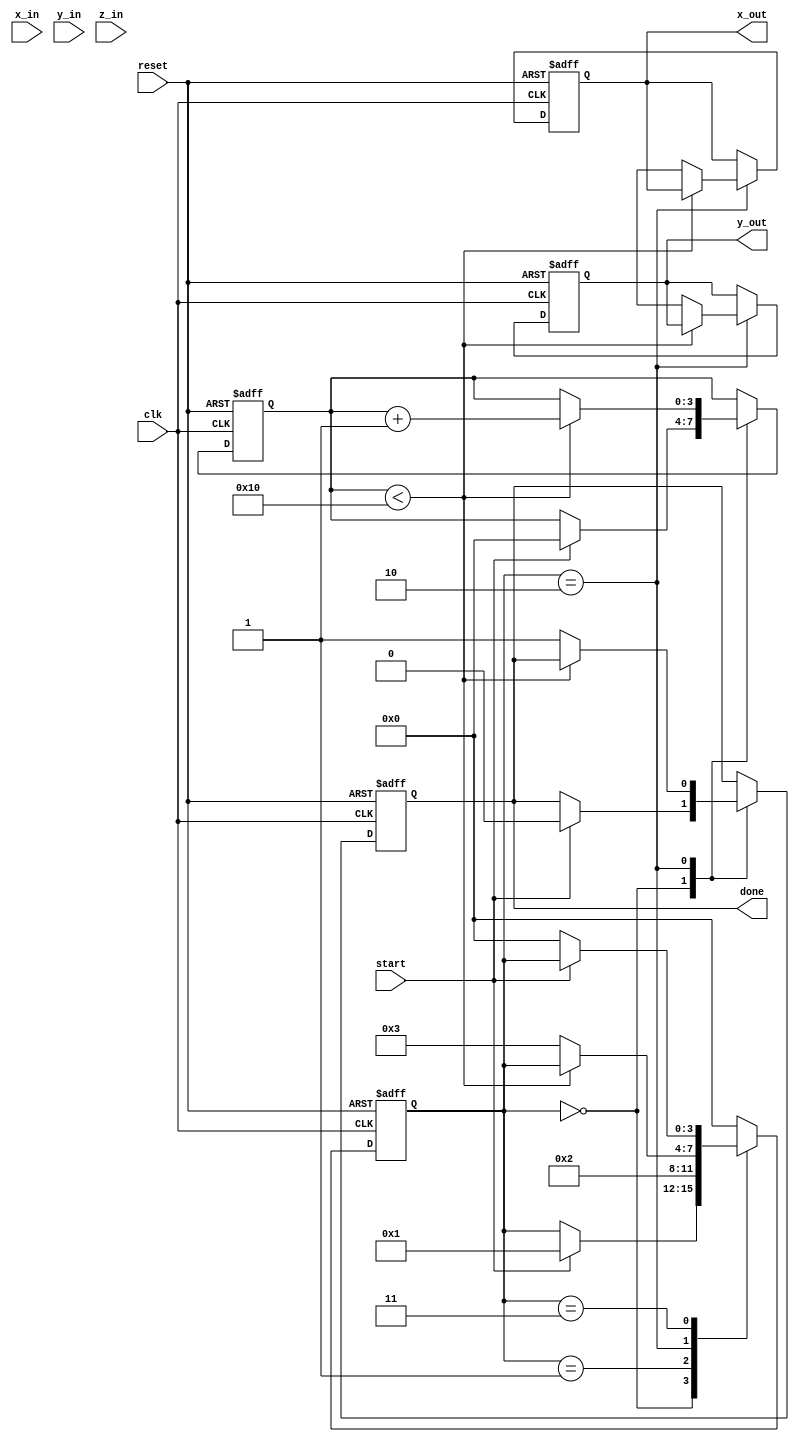
module cordic_2d (
    input  wire signed [15:0] x_in,    // Fixed-point x-coordinate input
    input  wire signed [15:0] y_in,    // Fixed-point y-coordinate input
    input  wire signed [15:0] z_in,    // Fixed-point angle input
    input  wire start,                  // Start signal
    input  wire clk,                    // Clock signal
    input  wire reset,                  // Asynchronous reset
    output reg signed [15:0] x_out,    // Fixed-point x-coordinate output
    output reg signed [15:0] y_out,    // Fixed-point y-coordinate output
    output reg done                     // Completion signal
);

    // Parameters
    parameter NUM_ITERATIONS = 16;     // Number of CORDIC iterations
    parameter FIXED_POINT_SCALE = 16'h26DD; // Scaling factor for 2^(-i) for i=0 to 15
    
    // Internal Registers
    reg signed [15:0] x [0:NUM_ITERATIONS-1]; // Pipeline registers for x
    reg signed [15:0] y [0:NUM_ITERATIONS-1]; // Pipeline registers for y
    reg signed [15:0] z [0:NUM_ITERATIONS-1]; // Pipeline registers for z
    reg [3:0] iter;                     // Iteration counter
    reg [3:0] state;                    // FSM state
    reg [15:0] atan_table [0:NUM_ITERATIONS-1]; // Precomputed arctangent values

    // FSM States
    localparam IDLE        = 2'b00,
               INIT        = 2'b01,
               COMPUTE     = 2'b10,
               DONE        = 2'b11;

    // Initialize arctangent values
    initial begin
        atan_table[0] = 16'h0000; // atan(2^0)
        atan_table[1] = 16'h26D3; // atan(2^-1)
        atan_table[2] = 16'h1C71; // atan(2^-2)
        atan_table[3] = 16'h0FAD; // atan(2^-3)
        atan_table[4] = 16'h07E4; // atan(2^-4)
        atan_table[5] = 16'h03FE; // atan(2^-5)
        atan_table[6] = 16'h01FF; // atan(2^-6)
        atan_table[7] = 16'h00FF; // atan(2^-7)
        atan_table[8] = 16'h007F; // atan(2^-8)
        atan_table[9] = 16'h003F; // atan(2^-9)
        atan_table[10] = 16'h001F; // atan(2^-10)
        atan_table[11] = 16'h000F; // atan(2^-11)
        atan_table[12] = 16'h0007; // atan(2^-12)
        atan_table[13] = 16'h0003; // atan(2^-13)
        atan_table[14] = 16'h0001; // atan(2^-14)
        atan_table[15] = 16'h0000; // atan(2^-15)
    end

    // State Machine
    always @(posedge clk or posedge reset) begin
        if (reset) begin
            state <= IDLE;
            done <= 0;
            iter <= 0;
            x_out <= 0;
            y_out <= 0;
        end else begin
            case (state)
                IDLE: begin
                    if (start) begin
                        // Initialize values
                        x[0] <= x_in;
                        y[0] <= y_in;
                        z[0] <= z_in;
                        iter <= 0;
                        state <= INIT;
                        done <= 0;
                    end
                end
                
                INIT: begin
                    // Start computing
                    state <= COMPUTE;
                end
                
                COMPUTE: begin
                    if (iter < NUM_ITERATIONS) begin
                        // CORDIC iteration logic
                        if (z[iter] < 0) begin
                            x[iter + 1] <= x[iter] + (y[iter] >>> iter);
                            y[iter + 1] <= y[iter] - (x[iter] >>> iter);
                            z[iter + 1] <= z[iter] + atan_table[iter];
                        end else begin
                            x[iter + 1] <= x[iter] - (y[iter] >>> iter);
                            y[iter + 1] <= y[iter] + (x[iter] >>> iter);
                            z[iter + 1] <= z[iter] - atan_table[iter];
                        end
                        iter <= iter + 1;
                    end else begin
                        // Final output
                        x_out <= x[NUM_ITERATIONS];
                        y_out <= y[NUM_ITERATIONS];
                        done <= 1;
                        state <= DONE;
                    end
                end
                
                DONE: begin
                    if (!start) begin
                        state <= IDLE; // Reset state after operation is complete
                    end
                end
                
                default: state <= IDLE;
            endcase
        end
    end

endmodule